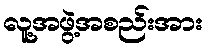
လူ့အဖွဲ့အစည်းအား